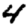
Digit: 4